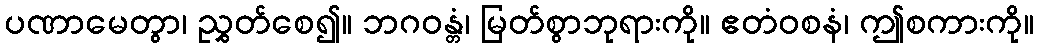
ပဏာမေတွာ၊ ညွှတ်စေ၍။ ဘဂဝန္တံ၊ မြတ်စွာဘုရားကို။ ဧတံဝစနံ၊ ဤစကားကို။